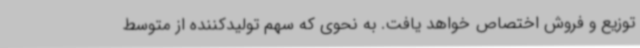
توزیع و فروش اختصاص خواهد یافت. به نحوی که سهم تولیدکننده از متوسط